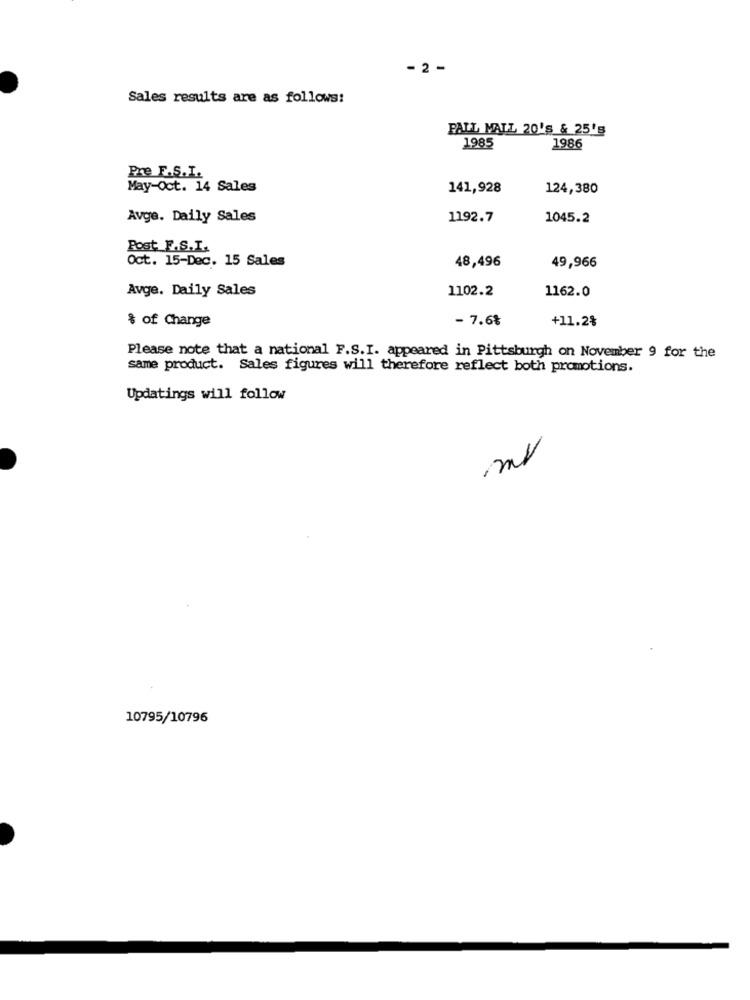
- 2 -
Sales results are as follows:
PALL MALL 20'S & 25's
1985
1986
Pre F.S.I.
May-Oct. 14 Sales
141,928
124,380
Avge. Daily Sales
1192.7
1045.2
Post_F.S.I.
Oct. 15-Dec. 15 Sales
48,496
49,966
Avge. Daily Sales
1102.2
1162.0
$ of Change
- 7.6%
+11.2%
Please note that a national F.S.I. appeared in Pittsburgh on November 9 for the
same product. Sales figures will therefore reflect both promotions.
Updatings will follow
mr
10795/10795